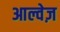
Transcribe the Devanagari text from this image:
आल्वेज़